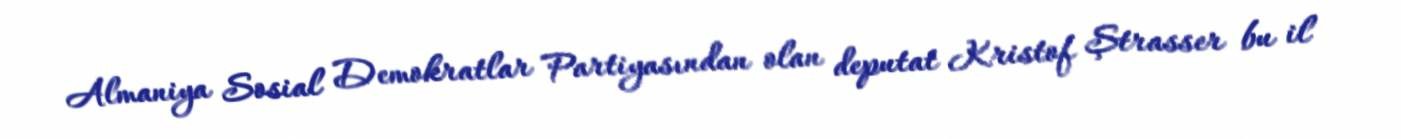
Almaniya Sosial Demokratlar Partiyasından olan deputat Kristof Ştrasser bu il